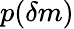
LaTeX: p(\delta m)